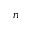
n